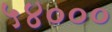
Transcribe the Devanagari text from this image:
५४०००